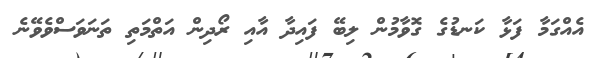
އެއްގަމާ ފަޅާ ކަނޑުގެ ގޮވާމުން ލިބޭ ފައިދާ އާއި ރޯދިން އަތްމަތި ތަނަވަސްވެވޭނެ